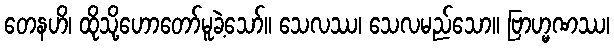
တေနဟိ၊ ထိုသို့ဟောတော်မူခဲ့သော်။ သေလဿ၊ သေလမည်သော။ ဗြာဟ္မဏဿ၊